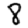
Digit: 8